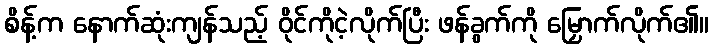
စိန့်က နောက်ဆုံးကျန်သည့် ဝိုင်ကိုငဲ့လိုက်ပြီး ဖန်ခွက်ကို မြှောက်လိုက်၏။